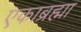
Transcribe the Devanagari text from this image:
एकाब्रह्मा